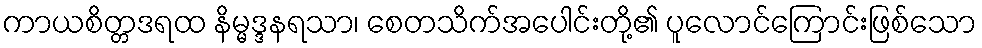
ကာယစိတ္တဒရထ နိမ္မဒ္ဒနရသာ၊ စေတသိက်အပေါင်းတို့၏ ပူလောင်ကြောင်းဖြစ်သော